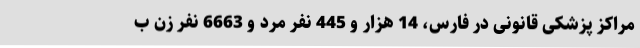
مراکز پزشکی قانونی در فارس، 14 هزار و 445 نفر مرد و 6663 نفر زن ب